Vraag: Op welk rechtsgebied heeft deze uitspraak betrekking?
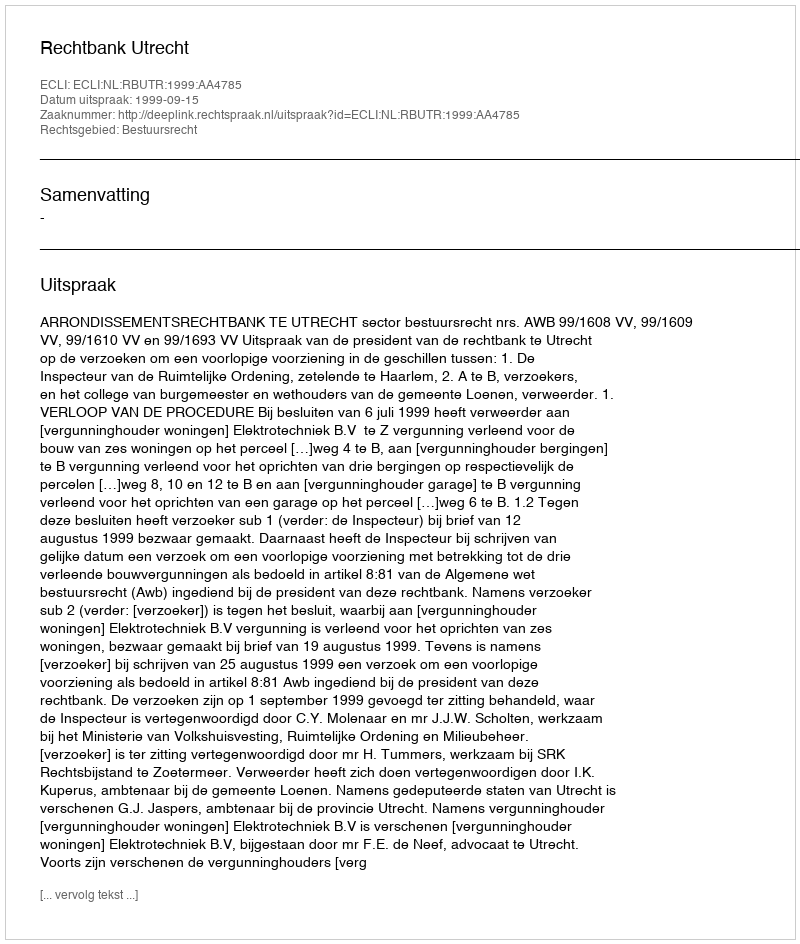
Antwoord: Bestuursrecht